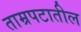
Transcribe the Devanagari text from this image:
ताम्रपटातील